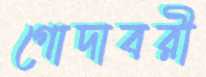
গোদাবরী